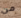
من